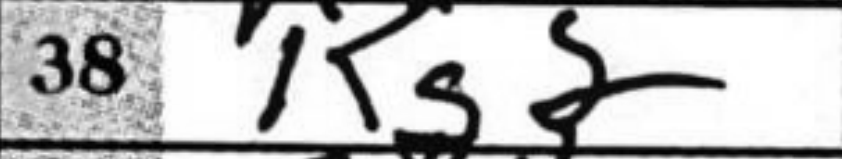
Transcription: Kg2